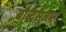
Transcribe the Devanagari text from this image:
बौद्धसूत्रात